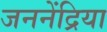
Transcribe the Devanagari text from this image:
जननेंद्रिया